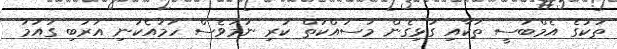
ތަކުގެ އެމްބަސީ ތަކާއި ގުޅިގެން މަސައްކަތް ކުރި ނަމަވެސް ހަމައެކަނި އަރަބި ގައުމު